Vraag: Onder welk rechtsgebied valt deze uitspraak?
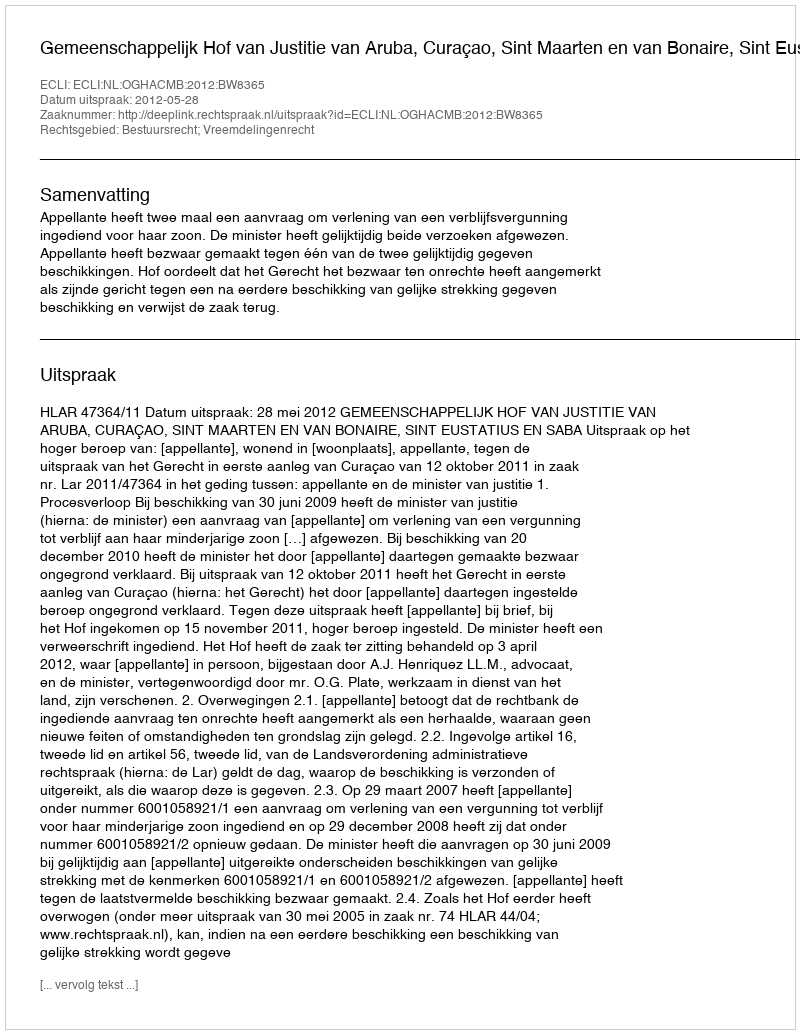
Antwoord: Bestuursrecht; Vreemdelingenrecht